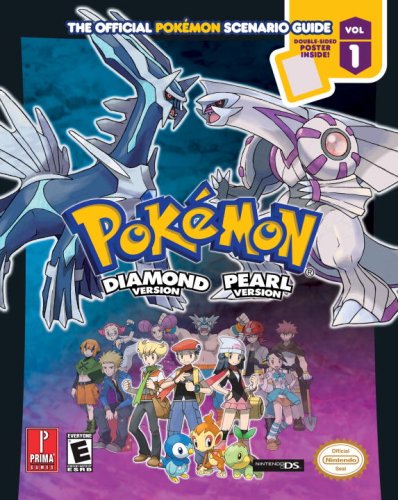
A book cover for Pokemon Diamond & Pearl (Prima Official Game Guide); Computers & Technology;